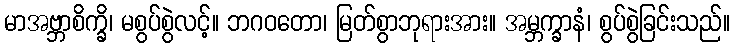
မာအဗ္ဘာစိက္ခိ၊ မစွပ်စွဲလင့်။ ဘဂဝတော၊ မြတ်စွာဘုရားအား။ အမ္ဘက္ခာနံ၊ စွပ်စွဲခြင်းသည်။